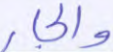
والجار